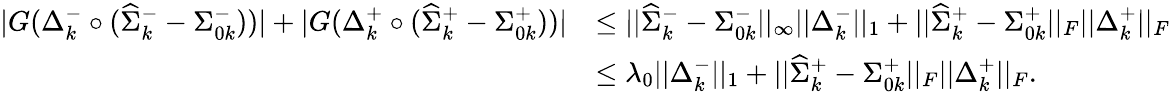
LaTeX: \begin{array}{rl}{|G(\Delta_{k}^{-}\circ(\widehat{\Sigma}_{k}^{-}-\Sigma_{0k}^{-}))|+|G(\Delta_{k}^{+}\circ(\widehat{\Sigma}_{k}^{+}-\Sigma_{0k}^{+}))|}&{\leq||\widehat{\Sigma}_{k}^{-}-\Sigma_{0k}^{-}||_{\infty}||\Delta_{k}^{-}||_{1}+||\widehat{\Sigma}_{k}^{+}-\Sigma_{0k}^{+}||_{F}||\Delta_{k}^{+}||_{F}}\\ &{\leq\lambda_{0}||\Delta_{k}^{-}||_{1}+||\widehat{\Sigma}_{k}^{+}-\Sigma_{0k}^{+}||_{F}||\Delta_{k}^{+}||_{F}.}\end{array}